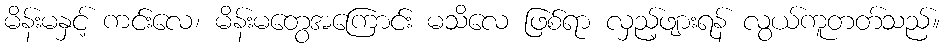
မိန်းမနှင့် ကင်းလေ၊ မိန်းမတွေအကြောင်း မသိလေ ဖြစ်ရာ လှည့်ဖျားရန် လွယ်ကူတတ်သည်။